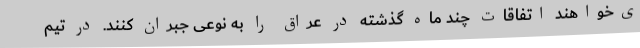
ی‌خواهند اتفاقات چند ماه گذشته در عراق را به نوعی جبران کنند. در تیم